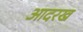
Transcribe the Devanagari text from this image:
आदरख